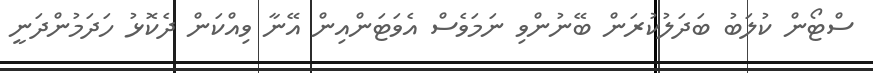
ސްޓޯން ކުލަބު ބަދަލުކުރަން ބޭނުންވި ނަމަވެސް އެވަޓަންއިން އޭނާ ވިއްކަން ދެކޮޅު ހަދަމުންދަނީ